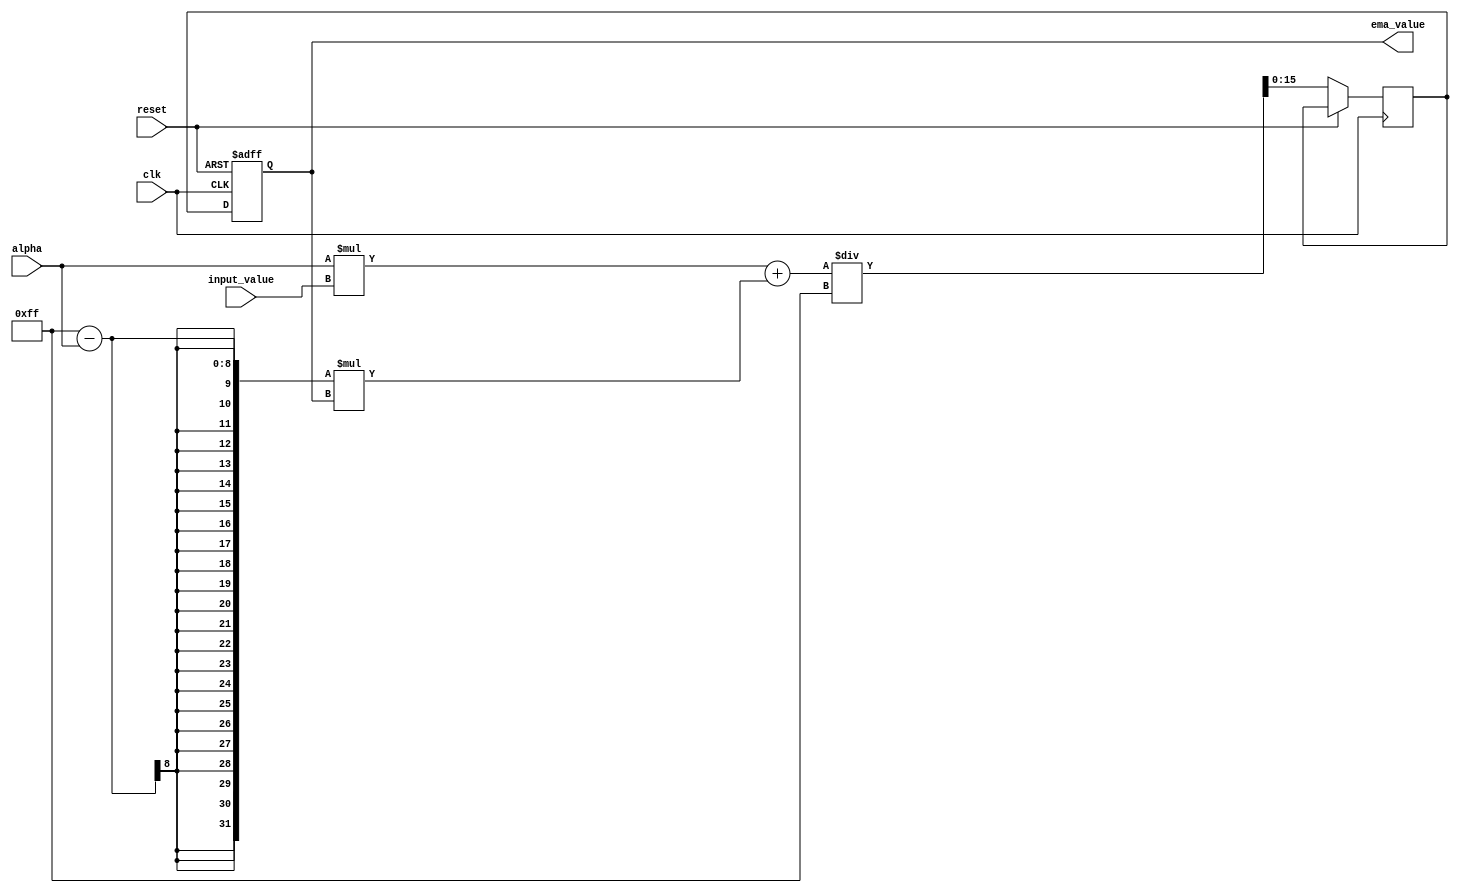
module EMA_accumulator (
    input wire clk,
    input wire reset,
    input wire [15:0] input_value,
    input wire [7:0] alpha,
    output reg [15:0] ema_value
);

reg [15:0] ema_reg;
reg [15:0] temp_value;

always @ (posedge clk or posedge reset)
begin
    if (reset)
    begin
        ema_reg <= 16'b00000000;
    end
    else
    begin
        temp_value <= ((alpha * input_value) + (255 - alpha) * ema_reg) / 255;
        ema_reg <= temp_value;
    end
end

assign ema_value = ema_reg;

endmodule